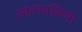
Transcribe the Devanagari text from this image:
आंतरप्रक्रिया